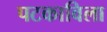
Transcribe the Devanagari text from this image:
पटकाविला